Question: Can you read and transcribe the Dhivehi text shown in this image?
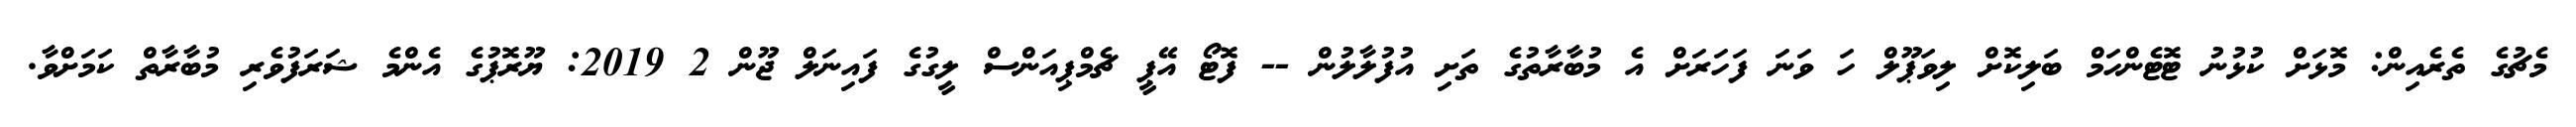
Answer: މެޗުގެ ތެރެއިން: މޮޅަށް ކުޅުނު ޓޮޓެންހަމް ބަލިކޮށް ލިވަޕޫލް ހަ ވަނަ ފަހަރަށް އެ މުބާރާތުގެ ތަށި އުފުލާލުން -- ފޮޓޯ އޭޕީ ޗެމްޕިއަންސް ލީގުގެ ފައިނަލް ޖޫން 2 2019: ޔޫރޮޕުގެ އެންމެ ޝަރަފުވެރި މުބާރާތް ކަމަށްވާ.